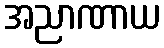
အညာဏာယ